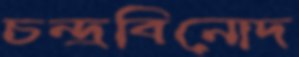
চন্দ্রবিনোদ